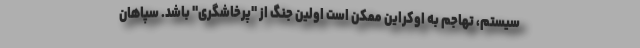
سیستم، تهاجم به اوکراین ممکن است اولین جنگ از "پرخاشگری" باشد. سپاهان